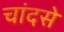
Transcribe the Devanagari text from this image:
चांदसे